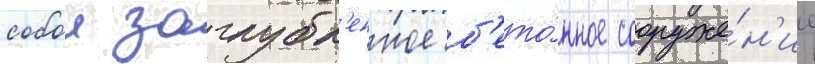
собои заглубл'енное б'ето́нное сооруже́н'ие